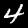
Digit: 4